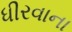
ધીરવાના